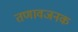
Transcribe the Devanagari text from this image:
तणावजनक